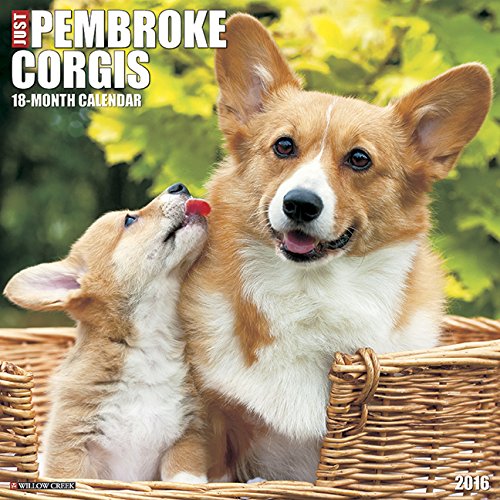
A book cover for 2016 Just Pembroke Corgis Wall Calendar; Willow Creek Press; Calendars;